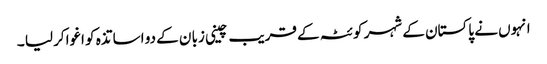
انہوں نے پاکستان کے شہر کو ئٹہ کے قریب چینی زبا ن کے دو اسا تذہ کو اغواکر لیا ۔